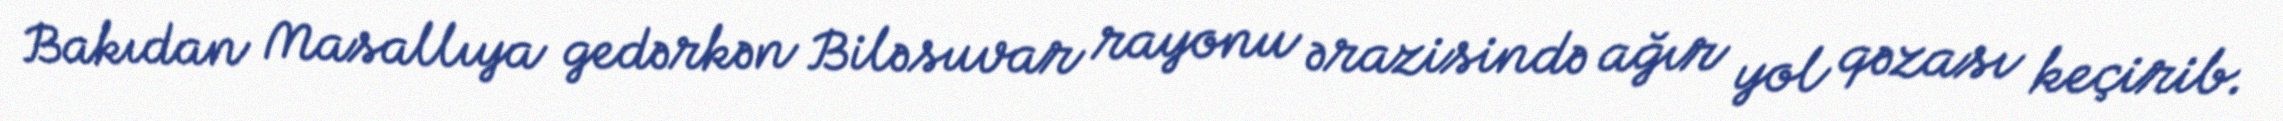
Bakıdan Masallıya gedərkən Biləsuvar rayonu ərazisində ağır yol qəzası keçirib.